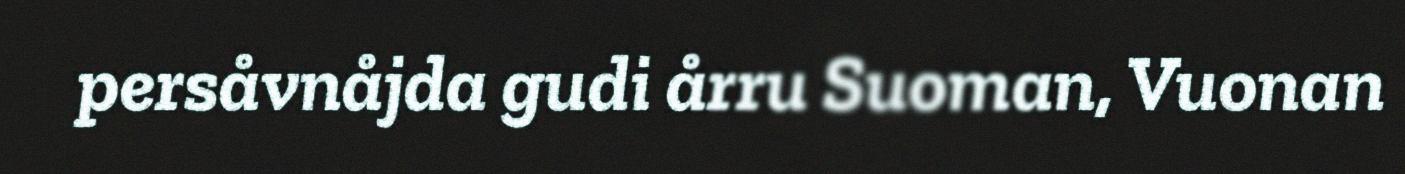
persåvnåjda gudi årru Suoman, Vuonan